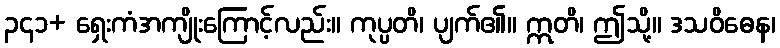
၃၄၁+ ရှေးကံအကျိုးကြောင့်လည်း။ ကုပ္ပတိ၊ ပျက်၏။ ဣတိ၊ ဤသို့။ ဒသဝိဓေန၊